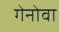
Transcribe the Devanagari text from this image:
गेनोवा